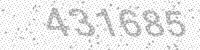
Solution: 431685